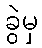
ခွဲမှ